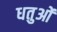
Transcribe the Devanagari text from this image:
धतुओं